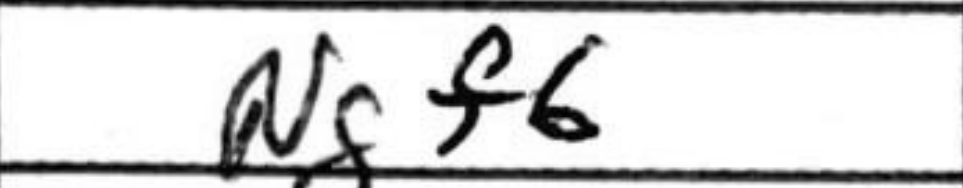
Transcription: Ngf6